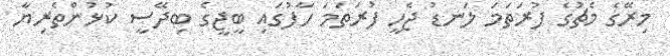
މިރޭގެ މެޗުގެ ފުރަތަމަ ލަނޑު ޖެހީ ފުރަތަމަ ހާފުގައި ބީޖީގެ ބިދޭސީ ކުޅުންތެރިޔާ